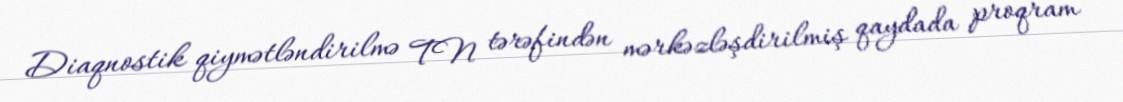
Diaqnostik qiymətləndirilmə TN tərəfindən mərkəzləşdirilmiş qaydada proqram